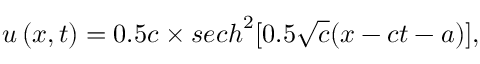
u \left( x , t \right) = 0 . 5 c \times { s e c h } ^ { 2 } [ 0 . 5 \sqrt c ( x - c t - a ) ] ,